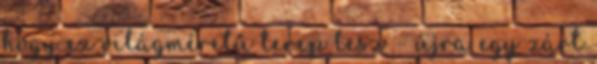
hogy ez világméretű terep lesz – újra egy zárt